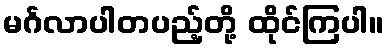
မင်္ဂလာပါတပည့်တို့ ထိုင်ကြပါ။